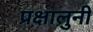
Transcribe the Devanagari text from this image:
प्रक्षालुनी